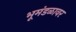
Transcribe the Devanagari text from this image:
भूमंडळावर